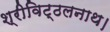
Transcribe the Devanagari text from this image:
श्रीविट्ठलनाथ।